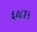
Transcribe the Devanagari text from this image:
६०८४५